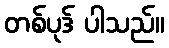
တစ်ပုဒ် ပါသည်။